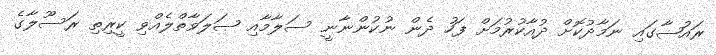
ރައުޟާގައި ނަމާދުކޮށް ދުއާކުރުމަށް ފަހު ދެން ނުކުންނާނީ ސަލާމާއި ޞަލަވާތްލެއްވި ކީރިތި ރަސޫލާގެ